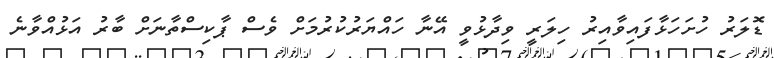
ޑޮލަރު ހުށަހަޅާފައިވާއިރު ހިލަރީ ވިދާޅުވީ އޭނާ ހައްޔަރުކުރުމަށް ވެސް ޕާކިސްތާނަށް ބާރު އަޅުއްވާނެ